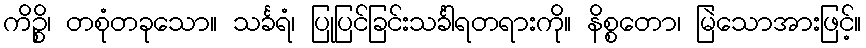
ကိဉ္စိ၊ တစုံတခုသော။ သင်္ခရံ၊ ပြုပြင်ခြင်းသင်္ခါရတရားကို။ နိစ္စတော၊ မြဲသောအားဖြင့်။